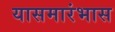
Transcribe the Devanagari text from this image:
यासमारंभास